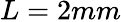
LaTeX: L=2mm